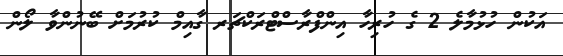
އަކުން ހުޅުމާލެ 2 ގެ ހުރިހާ އިންފްރާސްޓްރަކްޗަރ ގާއިމް ކުރުމަށް ބޭނުންވާ ލޯން